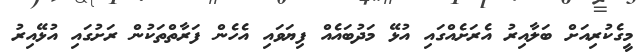
މީގެކުރިއަށް ބަލާއިރު އެރަށެއްގައި އުޅޭ މަދުބައެއް ފިޔަވައި އެހެން ފަރާތްތަކުން ރަށުގައި އުޅޭއިރު